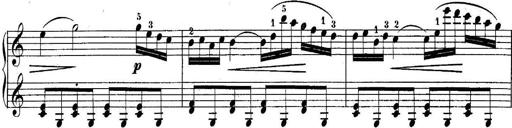
Title: 10 Sonatines progressives
Composer: Anton Schmoll